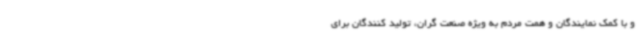
و با کمک نمایندگان و همت مردم به ویژه صنعت گران، تولید کنندگان برای